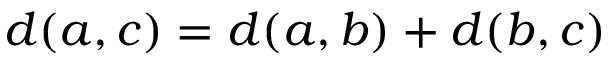
d ( a , c ) = d ( a , b ) + d ( b , c )